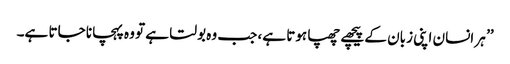
’’ ہر انسان اپنی زبان کے پیچھے چھپا ہوتا ہے، جب وہ بولتا ہے تو وہ پہچانا جاتا ہے۔